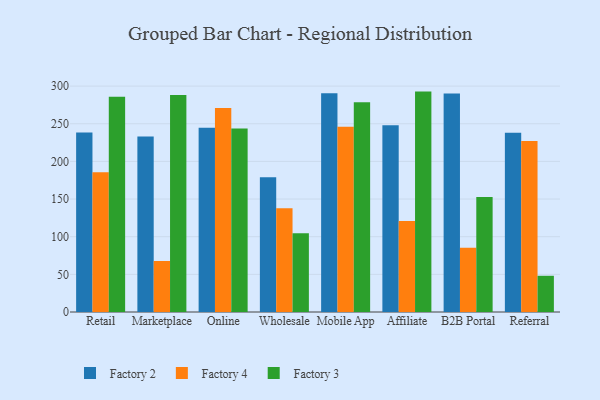
{"axis": {"x": "Channel", "y": "Market Share (%)"}, "legend": ["Factory 2", "Factory 3", "Factory 4"], "data": [{"x": "Retail", "y": 238.3, "type": "Factory 2"}, {"x": "Retail", "y": 185.5, "type": "Factory 4"}, {"x": "Retail", "y": 285.8, "type": "Factory 3"}, {"x": "Marketplace", "y": 233.1, "type": "Factory 2"}, {"x": "Marketplace", "y": 67.8, "type": "Factory 4"}, {"x": "Marketplace", "y": 288.1, "type": "Factory 3"}, {"x": "Online", "y": 244.6, "type": "Factory 2"}, {"x": "Online", "y": 270.8, "type": "Factory 4"}, {"x": "Online", "y": 243.7, "type": "Factory 3"}, {"x": "Wholesale", "y": 178.8, "type": "Factory 2"}, {"x": "Wholesale", "y": 137.7, "type": "Factory 4"}, {"x": "Wholesale", "y": 104.7, "type": "Factory 3"}, {"x": "Mobile App", "y": 290.5, "type": "Factory 2"}, {"x": "Mobile App", "y": 246.1, "type": "Factory 4"}, {"x": "Mobile App", "y": 278.7, "type": "Factory 3"}, {"x": "Affiliate", "y": 247.9, "type": "Factory 2"}, {"x": "Affiliate", "y": 120.8, "type": "Factory 4"}, {"x": "Affiliate", "y": 292.7, "type": "Factory 3"}, {"x": "B2B Portal", "y": 290.2, "type": "Factory 2"}, {"x": "B2B Portal", "y": 85.3, "type": "Factory 4"}, {"x": "B2B Portal", "y": 152.8, "type": "Factory 3"}, {"x": "Referral", "y": 238.0, "type": "Factory 2"}, {"x": "Referral", "y": 227.0, "type": "Factory 4"}, {"x": "Referral", "y": 48.1, "type": "Factory 3"}]}